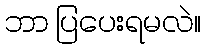
ဘာ ပြပေးရမလဲ။